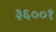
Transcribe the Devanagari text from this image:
३६००१